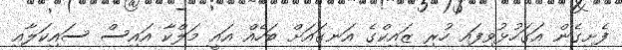
ފެށިގެން އަގަހުޅުވިފައި ހުރި ޒައިކްގެ އަނގައަށް ބަހެއް އައީ މަލްކާ އައިސް ސައިކަލާއި